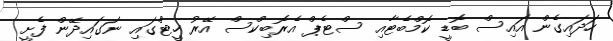
ހަދައިގެން އައިސް ބޮޑީ ކޮމްބެޓާއި ސްޓެޕް އެރޮބިކްސް އޭރު ހީޓްގައި ނަގައިދޭން ފެށީ